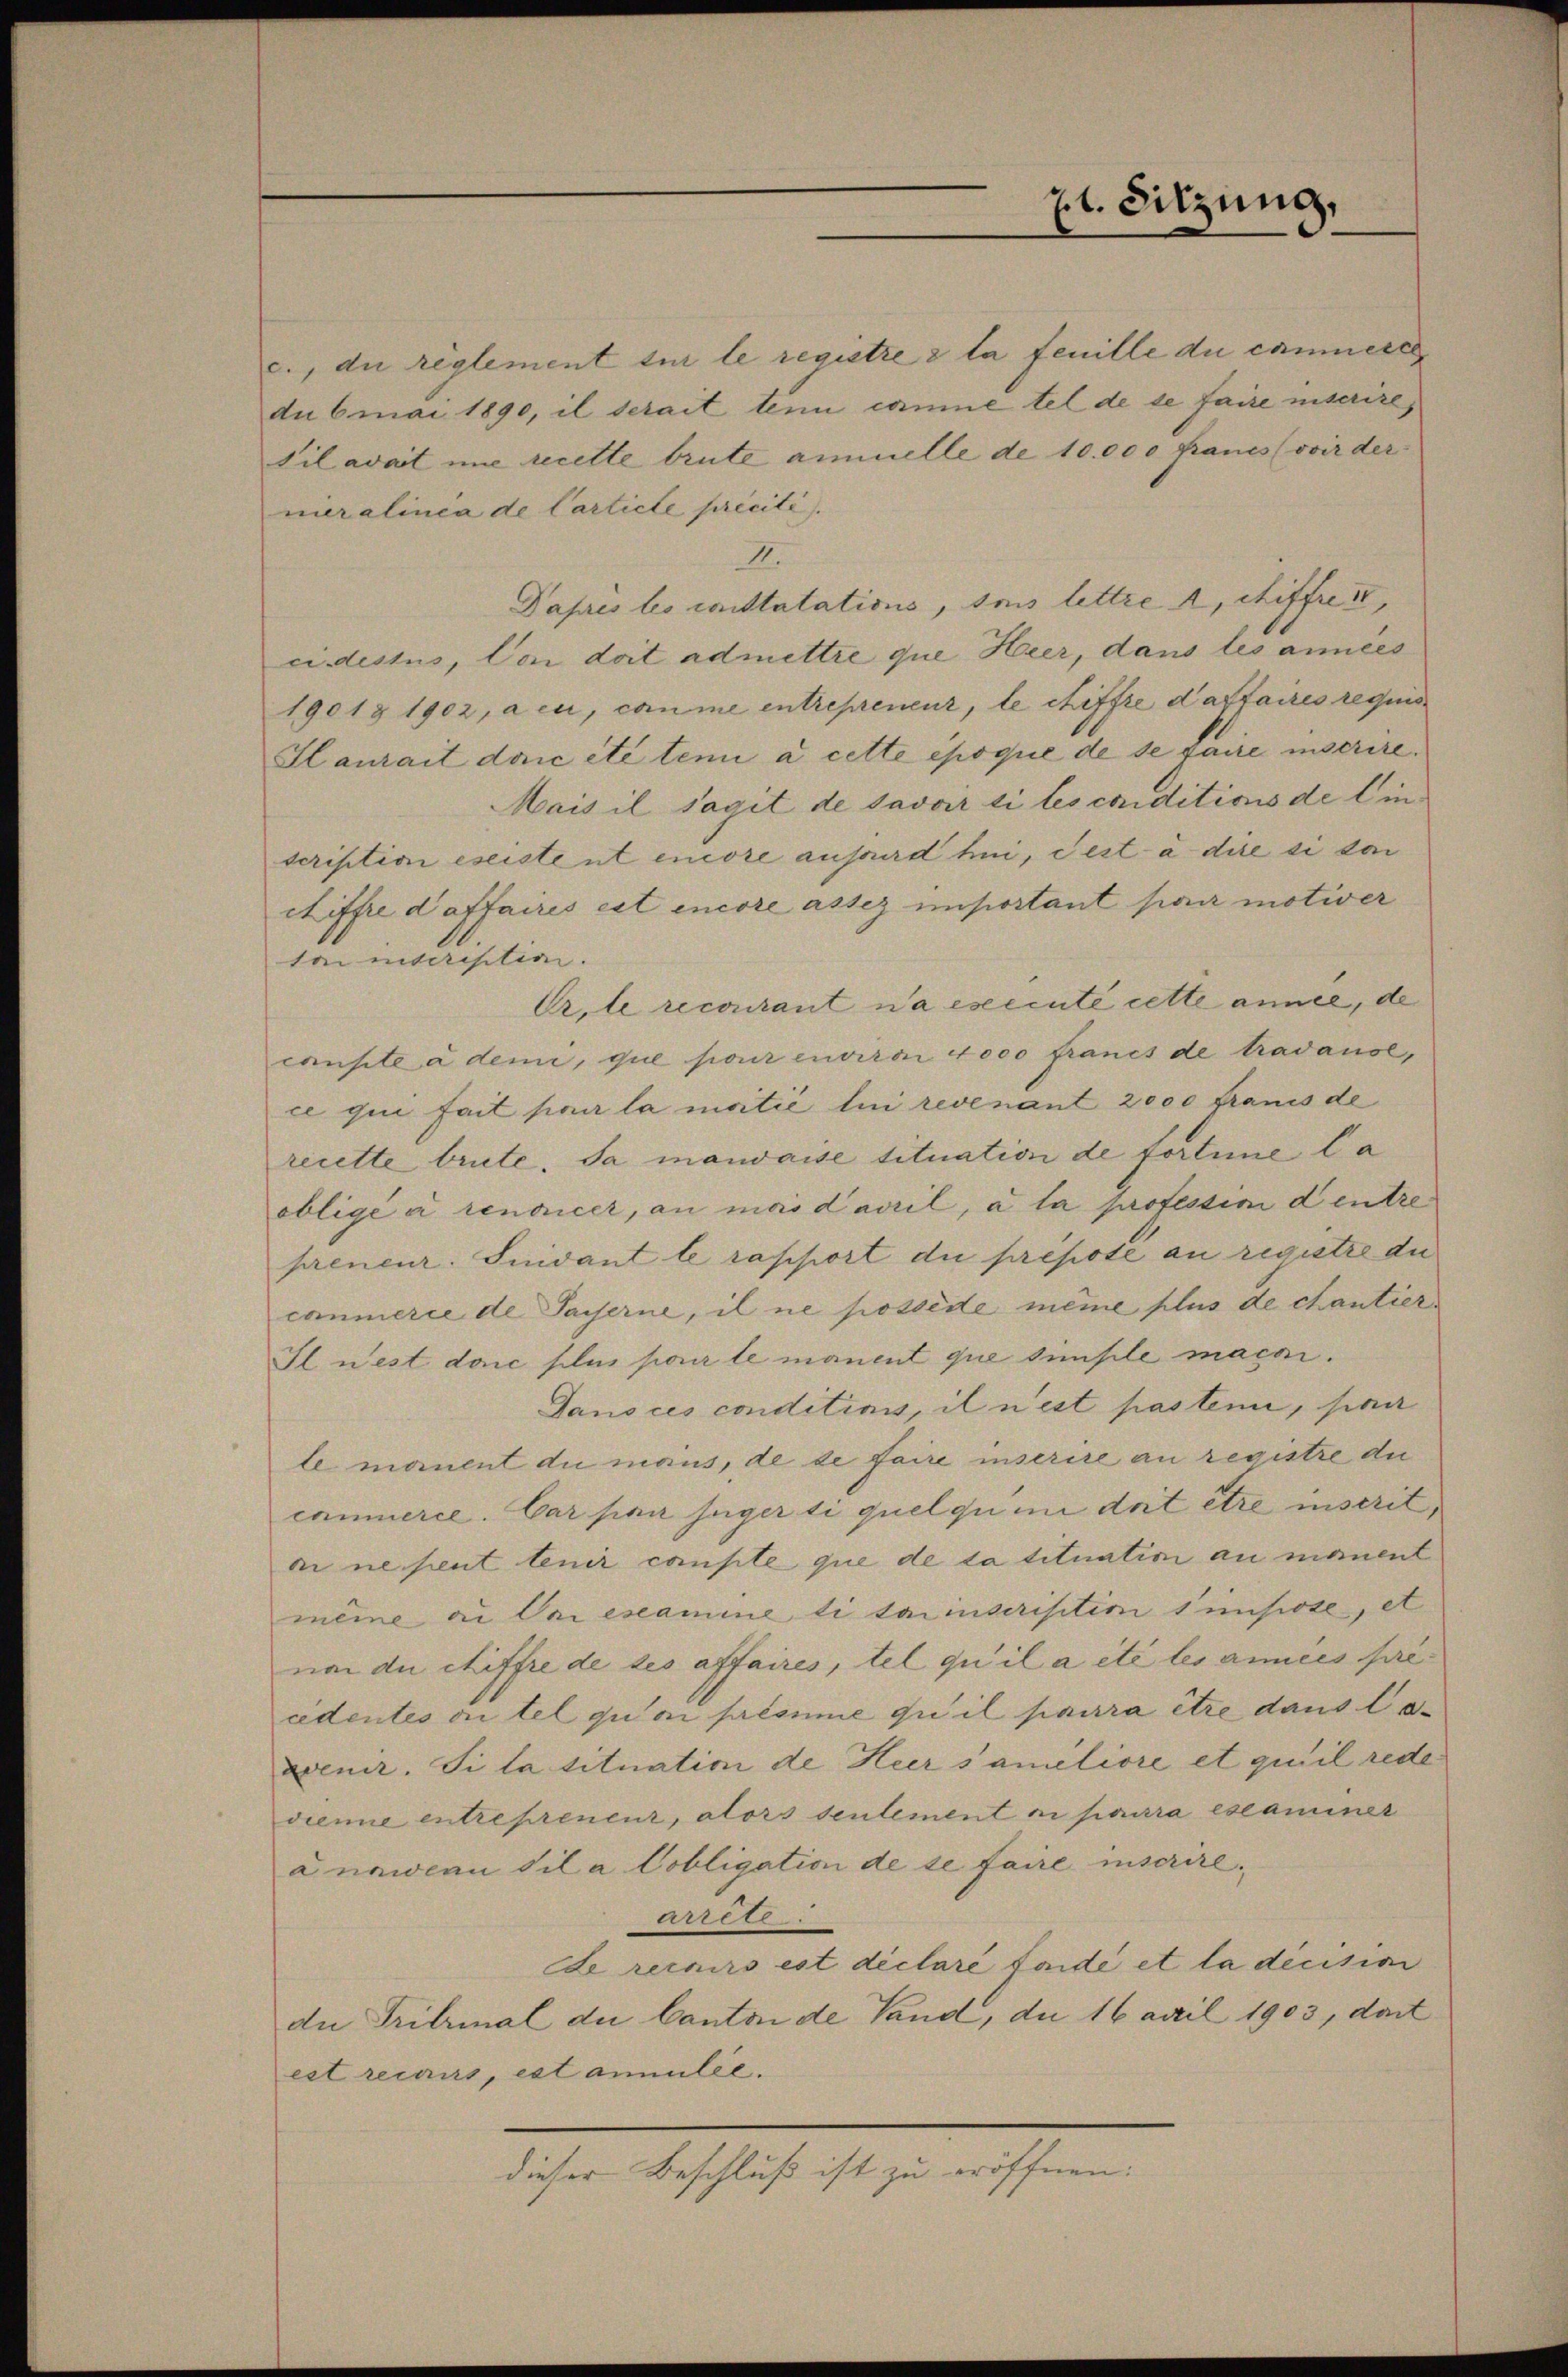
c., die reglement für le registre à la feuille du camnere
du 6mai 1890, il serait tenu comme tel de se faire inserire,
til avait une recette brute ammelle de 10.000 francs (voir der
neralinea de Carticle priciti
II.
Papris les cristatations, des lettre 2, chiffrei,
cidestus, Von doit admettre que Heer, dans les années
19018 1902, aeu, comme entrepreneur, le chiffre daffaires requis
Slaurait doric etc temi à cette époque de se faire inscrire.
Mais il sagit de savoir si les conditions de linscription eseistent encore aussurd hui, destà dire si doi
chiffre d’affaires est encore assez important par motiver
tainitaription.
Er le recourant n’a esecute cette annel, de
canste a dem, que pour enviro 4000 francs de tradause,
ce qui fait pour la matie lui revenant 2000 franis de
recette brüte. Ja mandasse tituation de fortime la
obligé à renoncer, an mai daril, a la profession dentre
preneur. Inidant le rapport die prepote au regutre die
commerie de Sacherne, il ne possède même plus de chantier
Il nest doic plus pour le manent que simple macai.
Dans ces conditions, il nest pasten, sei
le manent du maus, de de faire inserire an registre die
cammerce. Gar par juger di quel quini doit être inscrit,
ai ne peut tenir compte que de la tituation an manent
meine ad Priescamine li sainserisition simpose, et
no di chiffre de des affaires, tel qu’il a été les années pre
cidentes antel qu’on présume qui il pourra être dans lezvenir. Si la situation de Heer saméliore et qu’il rede
diemie entreprenenz, alors seulement ni pourra eseaminer
à nawean vil a Cobligation de se faire inscrire.
arrete.
de recurs est déclare fande et la decision
die Fritzinal du Canton de Land, du 16 April 1903, dort
est recours, est anmilie.
dieser Beschluß ist zu eröffnen.

pt. Sitzung,